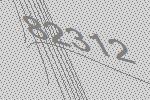
82312